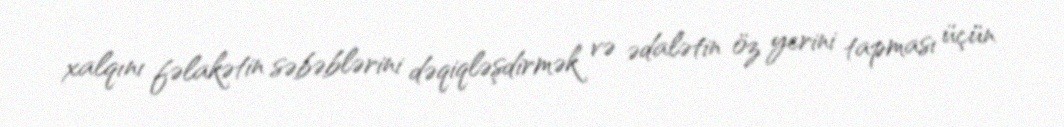
xalqını fəlakətin səbəblərini dəqiqləşdirmək və ədalətin öz yerini tapması üçün